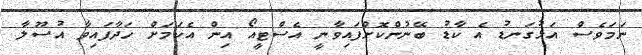
ނަމަވެސް އަޅުގަނޑު އެ ކާޑު ބޭނުންކޮށްފައިވާނީ އެސްޓީއޯ އިން އެކަމަށް ހަދާފައިވާ އުސޫލާ